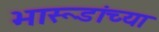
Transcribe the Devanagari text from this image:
भारूडांच्या